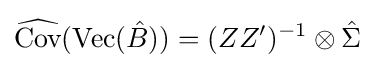
{\widehat {\mbox{Cov}}}({\mbox{Vec}}({\hat {B}}))=({ZZ'})^{-1}\otimes {\hat {\Sigma }}